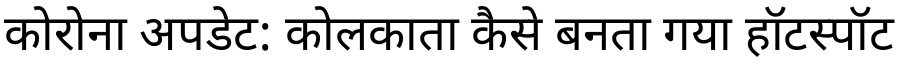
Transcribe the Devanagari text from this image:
कोरोना अपडेट: कोलकाता कैसे बनता गया हॉटस्पॉट